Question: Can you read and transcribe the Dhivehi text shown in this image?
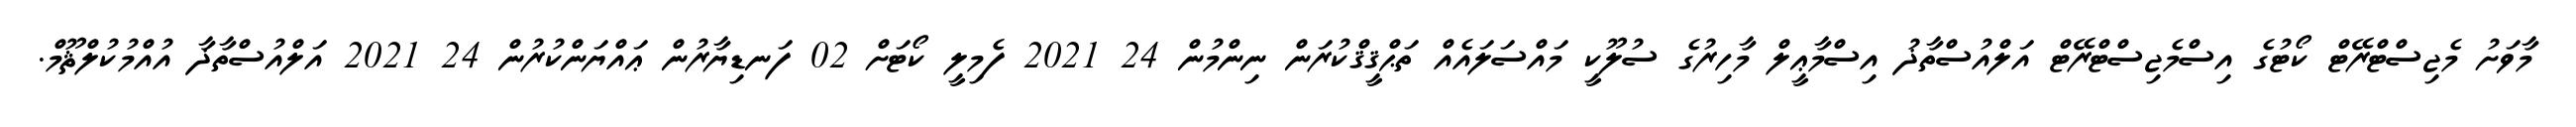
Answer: މާވަށު މެޖިސްޓްރޭޓް ކޯޓުގެ އިސްމެޖިސްޓްރޭޓް އަލްއުސްތާޛު އިސްމާޢީލް މާހިރުގެ ސުލޫކީ މައްސަލައެއް ތަޙްޤީޤްކުރަން ނިންމުން 24 2021 ފެމިލީ ކޯޓަށް 02 ފަނޑިޔާރުން ޢައްޔަންކުރުން 24 2021 އަލްއުސްތާޛާ އުއްމުކުލްޘޫމް.